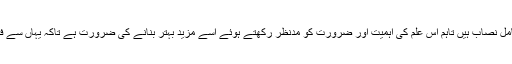
اس لئے جامعہ میں فلسفہ اور منطق کے موضوع پر بھی مستند اور مشہور کتابیں شامل نصاب ہیں تاہم اس علم کی اہمیت اور ضرورت کو مدنظر رکھتے ہوئے اسے مزید بہتر بنانے کی ضرورت ہے تاکہ یہاں سے فراغت پانے والے طلباء منطق اور فلسفہ کے بنیادی اصولوں اور قوانین سے آشنا ہوں۔